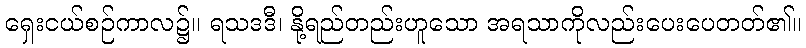
ရှေးငယ်စဉ်ကာလ၌။ ရသဒဒီ၊ နို့ရည်တည်းဟူသော အရသာကိုလည်းပေးပေတတ်၏။